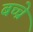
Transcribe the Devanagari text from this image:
बच्चे